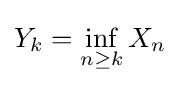
Y_{k}=\inf _{n\geq k}X_{n}